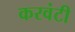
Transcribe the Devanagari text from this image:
करवंटी